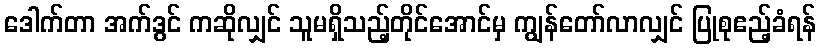
ဒေါက်တာ အက်ဒွင် ကဆိုလျှင် သူမရှိသည့်တိုင်အောင်မှ ကျွန်တော်လာလျှင် ပြုစုဧည့်ခံရန်